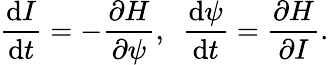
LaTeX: \frac{\mathrm{d}I}{\mathrm{d}t}=-\frac{\partial H}{\partial\psi},\ \ \frac{\mathrm{d}\psi}{\mathrm{d}t}=\frac{\partial H}{\partial I}.